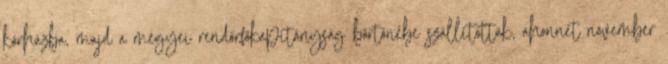
kórházba, majd a megyei rendőrfőkapitányság börtönébe szállították, ahonnét november